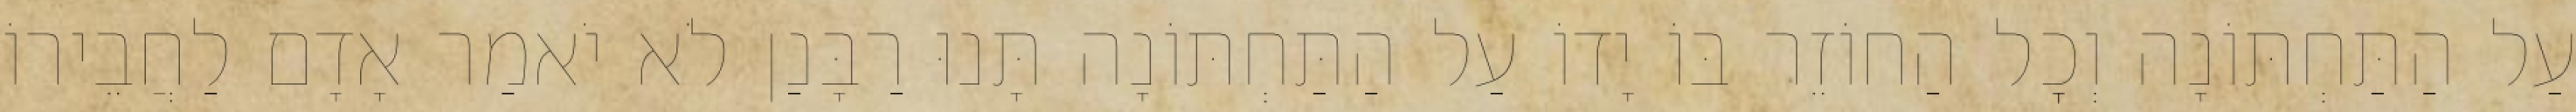
עַל הַתַּחְתּוֹנָה וְכׇל הַחוֹזֵר בּוֹ יָדוֹ עַל הַתַּחְתּוֹנָה תָּנוּ רַבָּנַן לֹא יֹאמַר אָדָם לַחֲבֵירוֹ